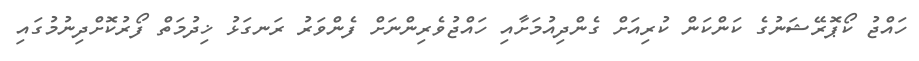
ހައްޖު ކޯޕޮރޭޝަނުގެ ކަންކަން ކުރިއަށް ގެންދިއުމަށާއި ހައްޖުވެރިންނަށް ފެންވަރު ރަނގަޅު ޚިދުމަތް ފޯރުކޮށްދިނުމުގައި